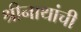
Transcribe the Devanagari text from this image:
श्रीनाथांची